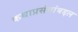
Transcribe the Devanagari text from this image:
कथाप्रसंगांबद्दल